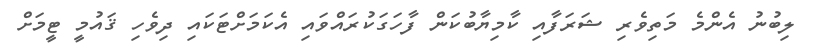
ލިބުނު އެންމެ މަތިވެރި ޝަރަފާއި ކާމިޔާބުކަން ފާހަގަކުރައްވައި އެކަމަށްޓަކައި ދިވެހި ޤައުމީ ޓީމަށް